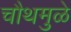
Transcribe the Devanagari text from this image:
चौथमुळे